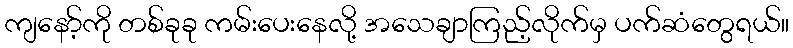
ကျနော့်ကို တစ်ခုခု ကမ်းပေးနေလို့ အသေချာကြည့်လိုက်မှ ပက်ဆံတွေရယ်။